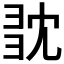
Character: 𢑝